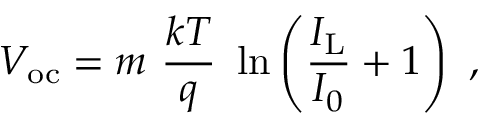
V _ { \mathrm { o c } } = m \ { \frac { k T } { q } } \ \ln \left( { \frac { I _ { \mathrm { L } } } { I _ { 0 } } } + 1 \right) \ ,